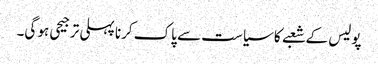
پولیس کے شعبے کا سیاست سے پاک کرنا پہلی ترجیحی ہو گی۔